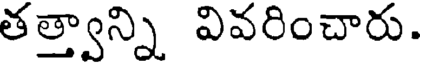
తత్త్వాన్ని వివరించారు.